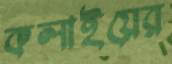
কলাইয়ের